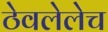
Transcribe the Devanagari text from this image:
ठेवलेलेच